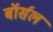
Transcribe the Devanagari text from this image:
बॉर्सल